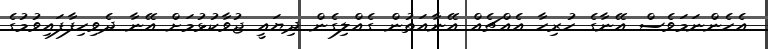
އެހެންނަމަވެސް އޭނާގެ ހުރިހާ އެއްޗެއް އޭނާއަތުން ގެއްލިގެން ދިޔައީ ޖުވާކުޅުމަށް އޭނާ ދެވިހިފާފައިވުމުގެ